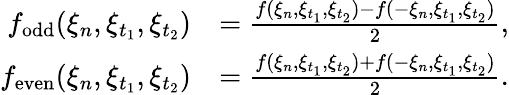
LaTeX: \begin{array}{rl}{f_{\mathrm{odd}}(\xi_{n},\xi_{t_{1}},\xi_{t_{2}})}&{=\frac{f(\xi_{n},\xi_{t_{1}},\xi_{t_{2}})-f(-\xi_{n},\xi_{t_{1}},\xi_{t_{2}})}{2},}\\ {f_{\mathrm{even}}(\xi_{n},\xi_{t_{1}},\xi_{t_{2}})}&{=\frac{f(\xi_{n},\xi_{t_{1}},\xi_{t_{2}})+f(-\xi_{n},\xi_{t_{1}},\xi_{t_{2}})}{2}.}\end{array}